Lunatic asylums in Bengal annual reports 1888-1898 - 1888-1898
Year: 1888
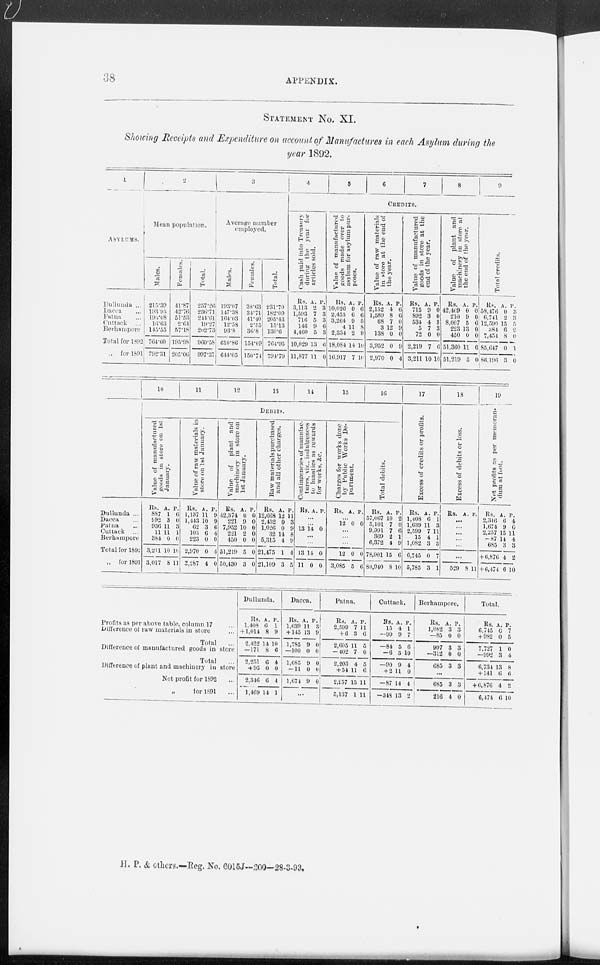
38
APPENDIX.
STATEMENT NO. XI.
Showing Receipts and Expenditure on account of Manufactures in each Asylum during the
year 1892.
1
ASYLUMS.
Dullunda ...
Dacca ...
Patna ...
Cuttack ...
Berhampore
Total for 1892
„ for 1891
2
Mean population.
Males.
215.39
193.95
193.08
16.63
145.55
764.60
792.31
Females.
41.87
42.76
51.53
2.64
57.18
195.98
205.06
Total.
257.26
236.71
244.61
19.27
202.73
960.58
997.37
3
Average number
employed.
Males.
193.07
147.38
164.03
12.58
93.8
610.86
644.05
Females.
38.63
34.71
41.40
2.55
36.8
154.09
150.74
Total.
231.70
182.09
205.43
15.13
130.6
764.95
794.79
4
5
6
7
8
9
CREDITS.
Cash paid into Treasury
during the year for
articles sold.
Rs.
3,113
1,593
716
146
4,400
10,029
11,877
A.
2
7
5
9
5
13
11
P.
3
3
3
6
3
6
0
Value of manufactured
goods made over to
asylum for asylum pur-
poses.
Rs.
10,026
2,455
3,264
4
2,334
18,084
16,917
A.
0
6
9
11
2
14
7
P.
6
6
5
8
9
10
10
Value of raw materials
in store at the end of
the year.
Rs.
2,152
1,589
68
3
138
3,952
2,970
A.
4
8
7
12
0
0
0
P.
6
6
0
9
0
9
4
Value of manufactured
goods in store at the
end of the year.
Rs.
715
892
534
5
72
2,219
3,211
A.
9
3
4
7
0
7
10
P.
0
0
3 3
0
6
10
Value of plant and
machinery in store at
the end of the year.
Rs.
42,469
210
8,007
223
450
51,360
51,219
A.
0
9
5
13
0
11
5
P.
0
0
6
0
0
6
0
Total credits.
Rs.
58,476
6,741
12,590
384
7,454
85,647
86,196
A.
0
2
15
6
8
0
3
P.
3
3
5
2
0
1
0
Dullunda ...
Dacca ...
Patna ...
Cuttack ...
Berhampore
Total for 1892
„ for 1891
10
11
12
13
14
15
16
DEBITS.
Value of manufactured
goods in store on 1st
January.
Rs.
887
992
936
11
384
3,211
3,017
A.
1
3
11
11
0
10
8
P.
6
0
3
1
0
10
11
Value of raw materials in
store on 1st January.
Rs.
1,137
1,443
62
103
223
2,970
3,287
A.
11
10
3
6
0
0
4
P.
9
9
6
4
0
4
0
Value of plant and
machinery in store on
1st January.
Rs.
42,374
221
7,952
221
450
51,219
50,430
A.
0
9
10
2
0
5
3
P.
0
0
0
0
0
0
0
Raw materials purchased
and all other charges.
Rs.
12,668
2,432
1,026
32
5,315
21,475
21,109
A.
12
0
0
14
4
1
3
P.
11
3
9
8
9
4
5
Contingencies of manufac-
tures, viz., indulgences
to lunatics as rewards
for works, &c.
Rs A. . P.
...
...
13 14 0
...
...
13
11
14
0
0
0
Charges for works done
by Public Works De-
partment.
Rs. A. P.
...
12 0 0
...
...
...
12
3,085
0
5
0
6
Total debits.
Rs.
57,067
5,101
9,991
369
6,372
78,901
80,940
A.
10
7
7
2
4
15
8
P.
2
0
6
1
9
6
10
17
Excess of credits or profits.
Rs.
1,408
1,639
2,599
15
1,082
6,745
5,785
A.
6
11
7
4
3
0
3
P.
1
3
11
1
3
7
1
18
Excess of debits or loss.
Rs. A. P.
...
...
...
...
...
...
529 8 11
19
Net profits as per memoran-
dum at foot.
Rs.
2,346
1,674
2,257
- 87
685
+ 6,876
+ 6,474
A.
6
9
15
14
3
4
6
P.
4
0
11
4
3
2
10
Profits as per above table, column 17 ...
Difference of raw materials in store ...
Total ...
Difference of manufactured goods in store
Total ...
Difference of plant and machinery in store
Net profit for 1892 ...
„
for 1891 ...
Dullunda.
Rs.
1,408
+ 1,014
2,422
—171
2,251
+ 95
2,346
1,469
A.
6
8
14
8
6
0
6
14
P.
1
9
10
6
4
0
4
1
Dacca.
Rs.
1,639
+ 145
1,785
—100
1,685
—11
1,674
A.
11
13
9
0
9
0
9
P.
3
9
0
0
0
0
0
...
Patna.
Rs.
2,599
+ 6
2,605
—402
2,203
+ 54
2,257
5,137
A.
7
3
11
7
4
11
15
1
P.
11
6
5
0
5
6
11
11
Cuttack.
Rs.
15
—99
—84
—6
—90
+ 2
—87
—348
A.
4
9
5
3
9
11
14
13
P.
1
7
6
10
4
0
4
2
Berhampore.
Rs.
1,082
—85
997
—312
685
A.
3
0
3
0
3
P.
3
0
3
0
3
...
685
216
3
4
3
0
Total.
Rs.
6,745
+ 982
7,727
—992
6,734
+ 141
+6,876
6,474
A.
0
0
1
3
13
6
4
6
P.
7
5
0
4
8
6
2
10
H. P. & others.—Reg. No. 6015J—200—28-3-93.